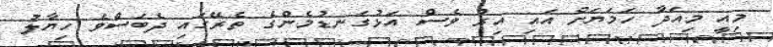
މިއީ މިއަދާ ހަމަޔަށް އައި އިރު ވެސް އަޅުގަނޑުމެންގެ ތެރޭގައި ދެބަސްވެ ހިޔާލު